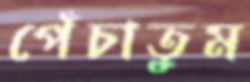
পেঁচাতুম